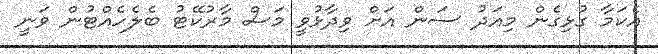
އެކަމާ ގުޅިގެން މިއަދު ސަން އަށް ވިދާޅުވީ މަސް މާރުކޭޓު ބެލެހެއްޓުން ވަނީ